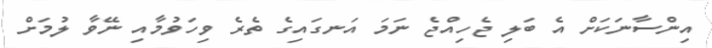
އިންސާނަކަށް އެ ބަލި ޖެހިއްޖެ ނަމަ އަނގައިގެ ތެރެ ވިހަވުމާއި ނޭވާ ލުމަށް